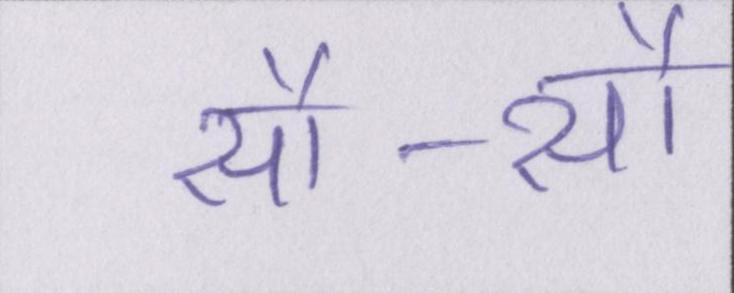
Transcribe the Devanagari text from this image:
सौ-सौ